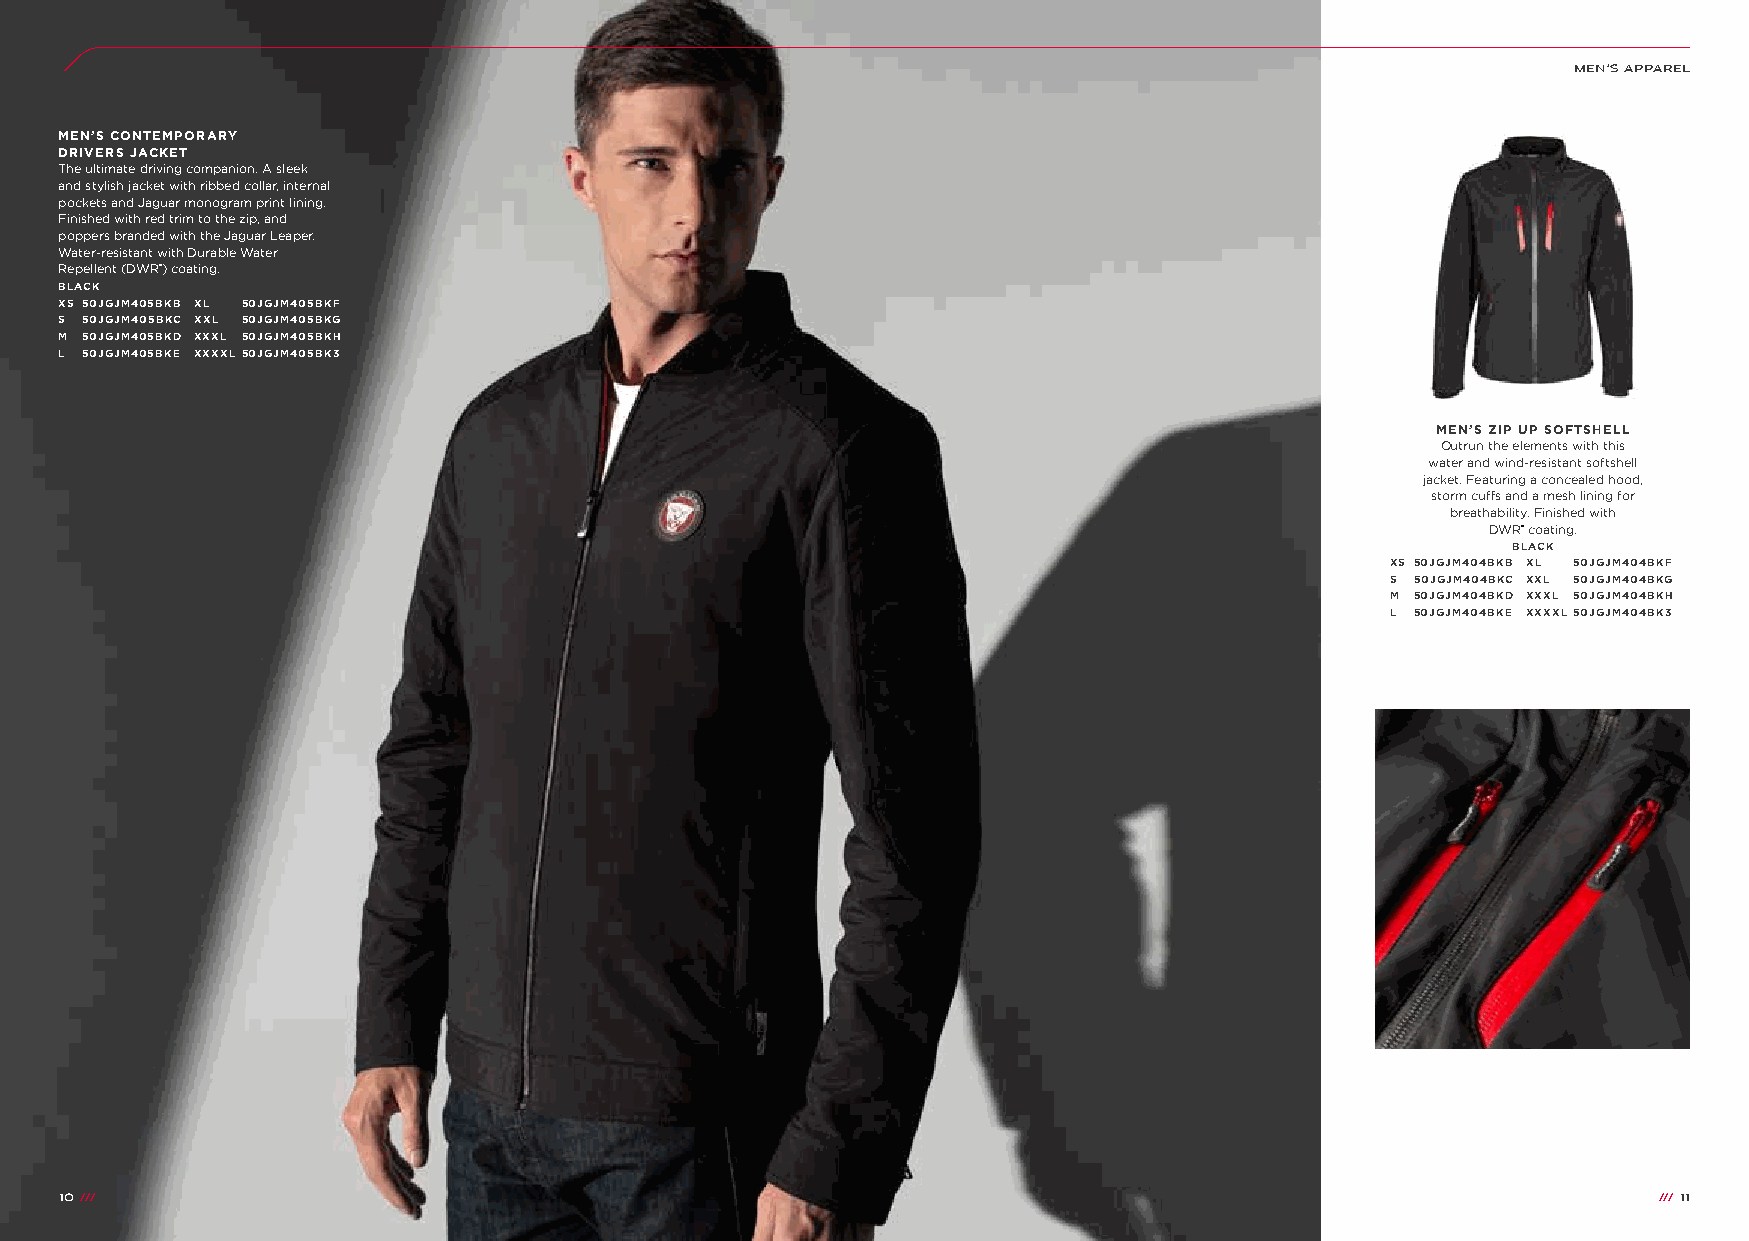
MEN’S APPAREL
 MEN’S CONTEMPORARY
 DRIVERS JACKET
 The ultimate driving companion. A sleek
 and stylish jacket with ribbed collar, internal
 pockets and Jaguar monogram print lining.
 Finished with red trim to the zip, and
 poppers branded with the Jaguar Leaper.
 Water-resistant with Durable Water
 Repellent (DWR®) coating.
 BLACK
 XS 50JGJM405BKB XL 50JGJM405BKF
 S 50JGJM405BKC XXL 50JGJM405BKG
 M 50JGJM405BKD XXXL 50JGJM405BKH
 L 50JGJM405BKE XXXXL 50JGJM405BK3
 MEN’S ZIP UP SOFTSHELL
 Outrun the elements with this
 water and wind-resistant softshell
 jacket. Featuring a concealed hood,
 storm cuffs and a mesh lining for
 breathability. Finished with
 DWR® coating.
 BLACK
 XS 50JGJM404BKB XL 50JGJM404BKF
 S 50JGJM404BKC XXL 50JGJM404BKG
 M 50JGJM404BKD XXXL 50JGJM404BKH
 L 50JGJM404BKE XXXXL 50JGJM404BK3
 10 ///                                                                                                    /// 11